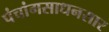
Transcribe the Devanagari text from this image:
पंचांगसाधनसार